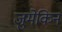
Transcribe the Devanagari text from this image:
जुमेकिन